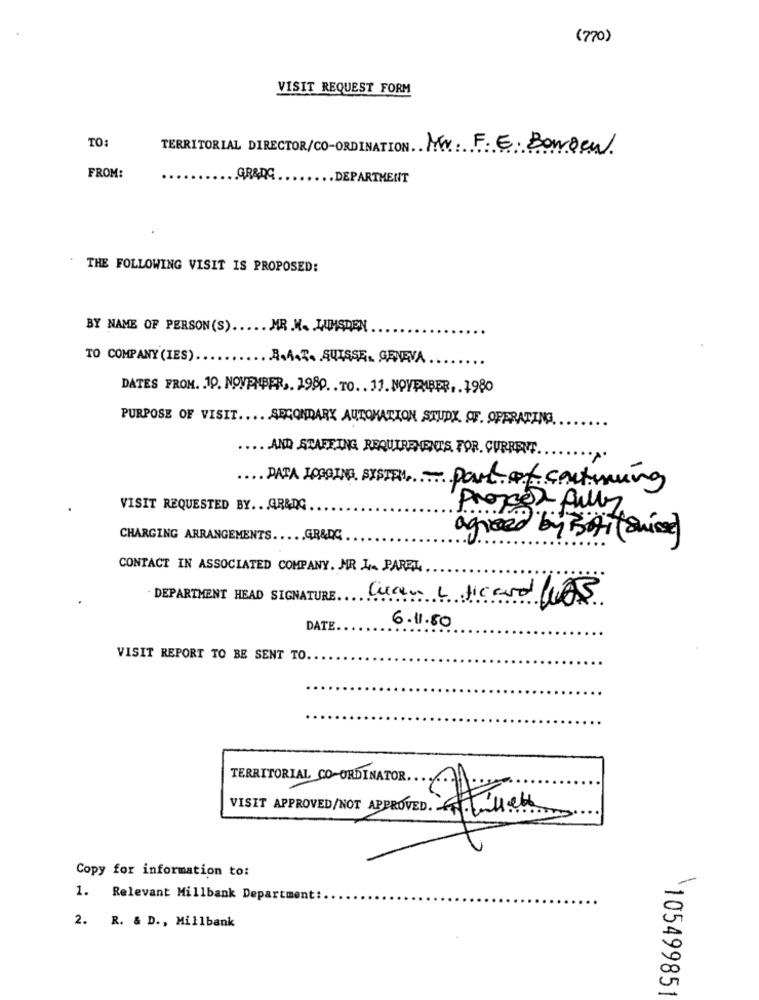
(770)
VISIT REQUEST FORM
TO:
TERRITORIAL DIRECTOR/CO-ORDINATION Mr. F.E. Borgen
FROM:
GRADG
.. DEPARTMENT
THE FOLLOWING VISIT IS PROPOSED:
BY NAME OF PERSON(S) ..... MR.W. LUIHSDEN
TO COMPANY (IES).
.. R.A.T. SUISSE. GENEVA
DATES FROM. 10. NOVEMBER ,. 1980. . TO. . 11. NOVEMBER ,. 1980
PURPOSE OF VISIT .... . SECONDARY AUTOMATION STUDY OF. OPERATING
.. . AND STAFFING REQUIREMENTS FOR. CURRENT
DATA LOGGING SYSTEM- part of continuing
VISIT REQUESTED BY ... GR&DG
Proper fully
CHARGING ARRANGEMENTS.
.. GR&DC
agreed by BAI ( Suisse)
CONTACT IN ASSOCIATED COMPANY. NR 1. PARET,
DEPARTMENT HEAD SIGNATURE.
Cuan L ficard LAS
6.11.80
DATE
VISIT REPORT TO BE SENT TO ..
TERRITORIAL CO-ORDINATOR.
VISIT APPROVED/NOT APPROVED Ihnen
Copy for information to:
1. Relevant Millbank Department:
2. R. & D ., Millbank
105499851